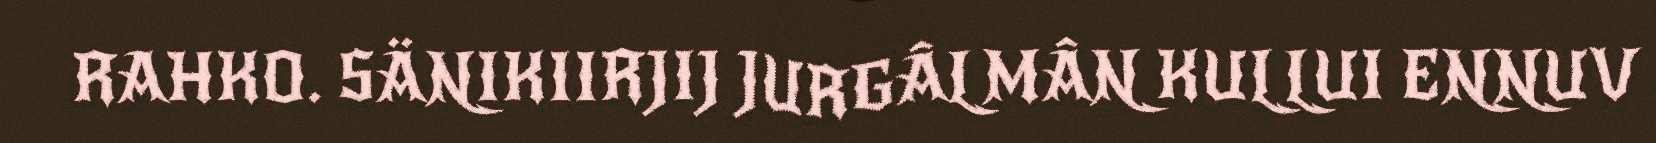
RAHKO. SÄNIKIIRJIJ JURGÂLMÂN KULLUI ENNUV